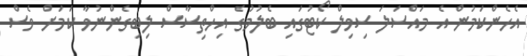
އެހެންކަމުން އެ މައްސަލަ ސިވިލް ކޯޓުގައި ބެލުމުގެ އިހްތިސާސް ލިބިގެންނުވާ ކަމަށް ވެސް